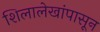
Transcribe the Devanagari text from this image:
शिलालेखांपासून